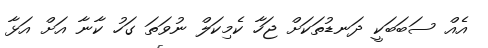
އެއް ސަބަބަކީ ދަނޑުތަކަށް ޖަހާ ކެމިކަލް ނުވަތަ ގަހު ކާނާ އަށް އަޅާ